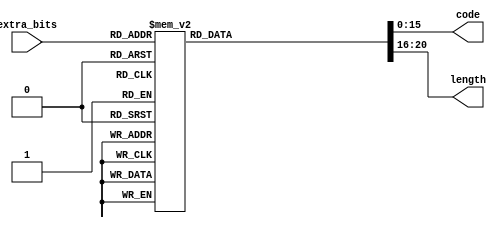
module dc_chr_huffman(
    // input coeff and run length
    extra_bits      , // <i>  4b, extra bits count
    // output huffman code and length
    code            , // <o> 16b, huffman code
    length            // <o>  5b, huffman code length
    );

  // input coeff and run length
  input  [3:0]  extra_bits      ; // <i>  4b, extra bits count
  // output huffman code and length
  output [15:0] code            ; // <o> 16b, huffman code
  output [4:0]  length          ; // <o>  5b, huffman code length

  reg    [20:0] huffman_lut     ;

  // huffman code lut
  always @(*) begin
      case (extra_bits)
        4'h0   : huffman_lut = {5'd2 , 16'h0000};       // 00
        4'h1   : huffman_lut = {5'd2 , 16'h0001};       // 01
        4'h2   : huffman_lut = {5'd2 , 16'h0002};       // 10
        4'h3   : huffman_lut = {5'd3 , 16'h0006};       // 110
        4'h4   : huffman_lut = {5'd4 , 16'h000E};       // 1110
        4'h5   : huffman_lut = {5'd5 , 16'h001E};       // 11110
        4'h6   : huffman_lut = {5'd6 , 16'h003E};       // 111110
        4'h7   : huffman_lut = {5'd7 , 16'h007E};       // 1111110
        4'h8   : huffman_lut = {5'd8 , 16'h00FE};       // 11111110
        4'h9   : huffman_lut = {5'd9 , 16'h01FE};       // 111111110
        4'ha   : huffman_lut = {5'd10, 16'h03FE};       // 1111111110
        4'hb   : huffman_lut = {5'd11, 16'h07FE};       // 11111111110
        default: huffman_lut = {5'd1 , 16'hFFFF};
      endcase
  end

  assign code   = huffman_lut[15:0];
  assign length = huffman_lut[20:16];

endmodule